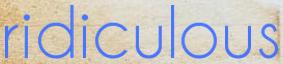
ridiculous